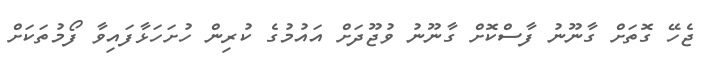
ޖެހޭ ގޮތަށް ގާނޫނު ފާސްކޮށް ގާނޫނު ވުޖޫދަށް އައުމުގެ ކުރިން ހުށަހަޅާފައިވާ ފޯމުތަކަށް